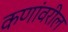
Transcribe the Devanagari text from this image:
कणांवरील